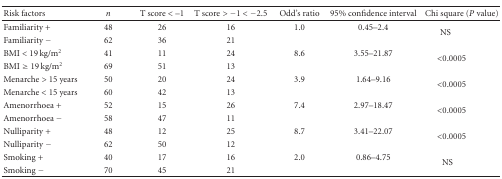
<table><thead><tr><td><b>Risk factors</b></td><td><b><i>n</i></b></td><td><b>T score &lt;–1</b></td><td><b>T score &gt; −1 &lt; −2.5</b></td><td><b>Odd&#x27;s ratio</b></td><td><b>95% confidence interval</b></td><td><b>Chi square (<i>P</i> value)</b></td></tr></thead><tbody><tr><td>Familiarity +</td><td>48</td><td>26</td><td>16</td><td>1.0</td><td>0.45–2.4</td><td rowspan="2">NS</td></tr><tr><td>Familiarity −</td><td>62</td><td>36</td><td>21</td><td></td><td></td></tr><tr><td>BMI &lt; 19 kg/m<sup>2</sup></td><td>41</td><td>11</td><td>24</td><td>8.6</td><td>3.55–21.87</td><td rowspan="2">&lt;0.0005</td></tr><tr><td>BMI ≥ 19 kg/m<sup>2</sup></td><td>69</td><td>51</td><td>13</td><td></td><td></td></tr><tr><td>Menarche &gt; 15 years</td><td>50</td><td>20</td><td>24</td><td>3.9</td><td>1.64–9.16</td><td rowspan="2">&lt;0.0005</td></tr><tr><td>Menarche &lt; 15 years</td><td>60</td><td>42</td><td>13</td><td></td><td></td></tr><tr><td>Amenorrhoea +</td><td>52</td><td>15</td><td>26</td><td>7.4</td><td>2.97–18.47</td><td rowspan="2">&lt;0.0005</td></tr><tr><td>Amenorrhoea −</td><td>58</td><td>47</td><td>11</td><td></td><td></td></tr><tr><td>Nulliparity +</td><td>48</td><td>12</td><td>25</td><td>8.7</td><td>3.41–22.07</td><td rowspan="2">&lt;0.0005</td></tr><tr><td>Nulliparity −</td><td>62</td><td>50</td><td>12</td><td></td><td></td></tr><tr><td>Smoking +</td><td>40</td><td>17</td><td>16</td><td>2.0</td><td>0.86–4.75</td><td rowspan="2">NS</td></tr><tr><td>Smoking −</td><td>70</td><td>45</td><td>21</td><td></td><td></td></tr></tbody></table>